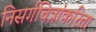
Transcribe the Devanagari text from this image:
निसर्गचित्रांकरिता